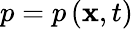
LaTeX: p=p\left(\mathbf{x},t\right)